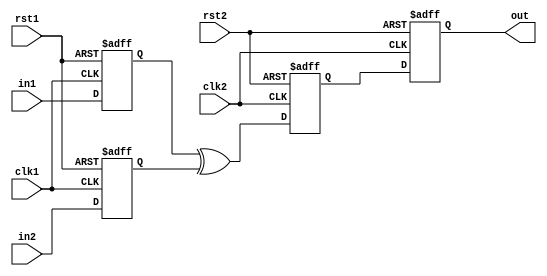
module top( input in1,in2,clk1,clk2,rst1,rst2, output reg out);

reg a,b;
reg sync;
wire AND;
always @( posedge clk1 or posedge rst1) begin
    if(rst1)
        {a,b} <= 0;
    else begin
        a <= in1;
        b <= in2;
    end
end

assign AND = a^b;

always @(posedge clk2 or posedge rst2)
    if(rst2)
        {sync,out} <= 0;
    else begin
        sync <= AND;
		  out <= sync;
		 end
endmodule